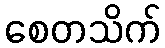
စေတသိက်